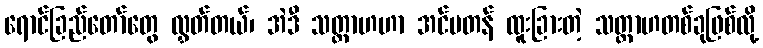
ရောင်ခြည်တော်တွေ လွှတ်တယ်၊ အဲဒီ သတ္တာဟဟာ အင်မတန် ထူးခြားတဲ့ သတ္တာဟတစ်ခုဖြစ်လို့